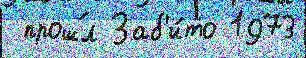
 прош́л Заб'и́то 1973